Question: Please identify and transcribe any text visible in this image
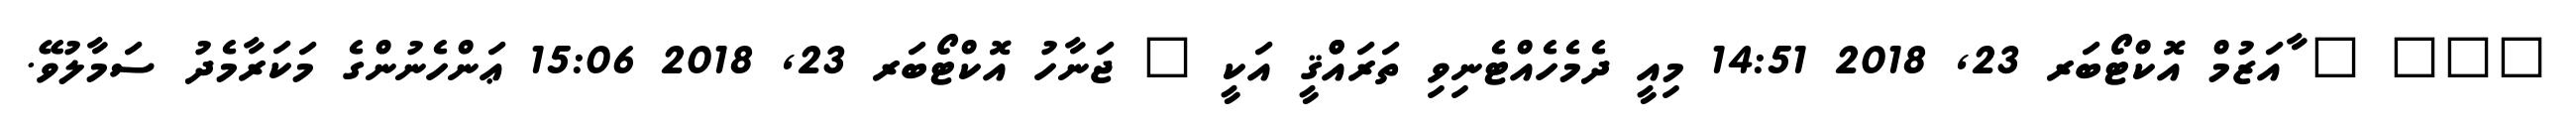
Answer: ??? ? ާއަޒުމް އޮކްޓޯބަރ 23, 2018 14:51 މިއީ ދެމެހެއްޓެނިވި ތަރައްްޤީ އަކީ ? ޖަނާހު އޮކްޓޯބަރ 23, 2018 15:06 ޢަންހެނުންގެ މަކަރާމެދު ސަމާލުވޭ.